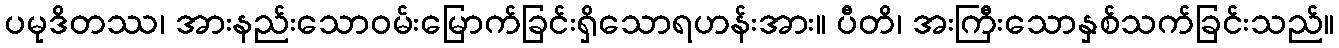
ပမုဒိတဿ၊ အားနည်းသောဝမ်းမြောက်ခြင်းရှိသောရဟန်းအား။ ပီတိ၊ အးကြီးသောနှစ်သက်ခြင်းသည်။